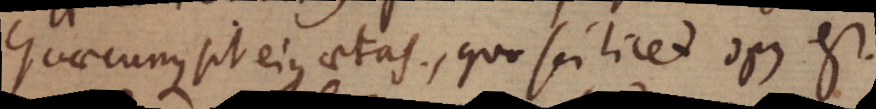
quaecunque sit ejus aetas, quo scilicet opus est.